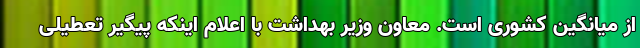
از میانگین کشوری است. معاون وزیر بهداشت با اعلام اینکه پیگیر تعطیلی